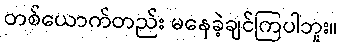
တစ်ယောက်တည်း မနေခဲ့ချင်ကြပါဘူး။